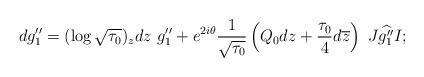
LaTeX: \begin{align*}dg_1''=(\log\sqrt{\tau_0})_zdz\ g''_1+e^{2i\theta}\frac{1}{\sqrt{\tau_0}}\left(Q_0dz+\frac{\tau_0}{4}d\overline{z}\right)\ J\widehat{g_1''}I;\end{align*}